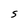
Character: S